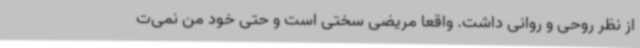
از نظر روحی و روانی داشت. واقعا مریضی سختی است و حتی خود من نمی‌ت